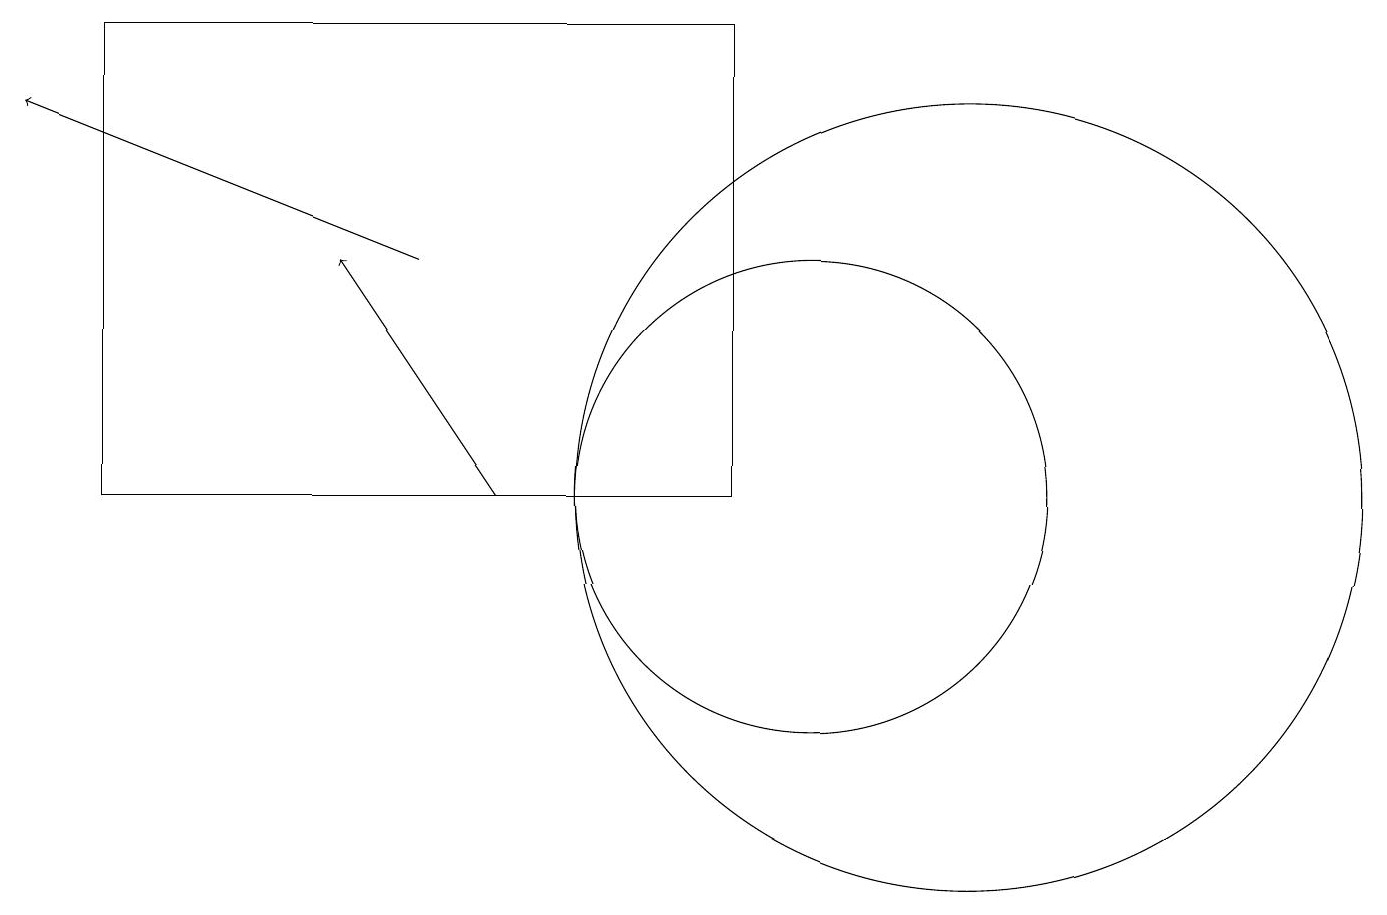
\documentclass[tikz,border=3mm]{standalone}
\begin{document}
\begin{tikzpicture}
\draw (1,11) rectangle (9,17);
\draw (10,11) circle (3);
\draw[->] (6,11) -- (4,14);
\draw (12,11) circle (5);
\draw[->] (5,14) -- (0,16);
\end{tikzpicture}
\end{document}